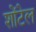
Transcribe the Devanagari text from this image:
शोंटेल